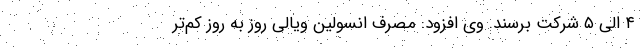
۴ الی ۵ شرکت برسند. وی افزود: مصرف انسولین ویالی روز به روز کم‌تر